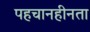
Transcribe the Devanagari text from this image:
पहचानहीनता